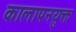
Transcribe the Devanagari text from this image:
कालापनयुक्त